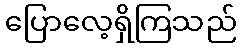
ပြောလေ့ရှိကြသည်